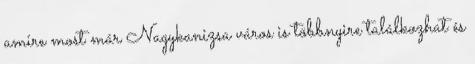
amire most már Nagykanizsa város is többnyire találkozhat és